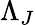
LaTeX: \Lambda_{J}